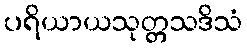
ပရိယာယသုတ္တသဒိသံ